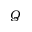
Q